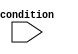
module if_else_block(
    input wire condition,
    // Add additional input signals here if needed
    // Add additional output signals here if needed
);

    // If-Else statement
    always @*
    begin
        if (condition)
        begin
            // Statements to be executed if condition is true
        end
        else
        begin
            // Statements to be executed if condition is false
        end
    end

endmodule